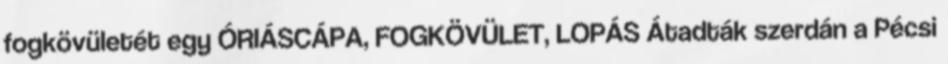
fogkövületét egy ÓRIÁSCÁPA, FOGKÖVÜLET, LOPÁS Átadták szerdán a Pécsi